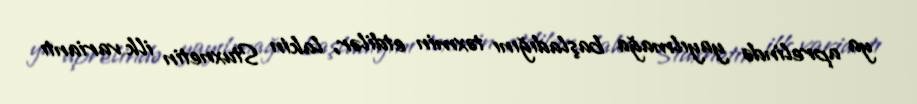
ya aprelində yayılmağa başladığını təxmin etdilər, lakin Stuxnetin ilk variantı